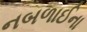
નબળાઈના